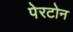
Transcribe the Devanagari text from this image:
पेरटोन